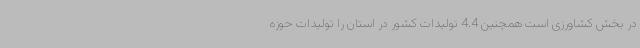
در بخش کشاورزی است همچنین 4.4 تولیدات کشور در استان را تولیدات حوزه